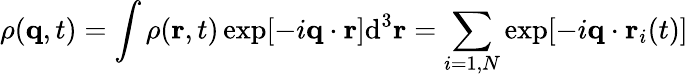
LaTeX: \rho(\textbf{q},t)=\int\rho(\textbf{r},t)\exp[-i\textbf{q}\cdot\textbf{r}]\textrm{d}^{3}\textbf{r}=\sum_{i=1,N}\exp[-i\textbf{q}\cdot\textbf{r}_{i}(t)]